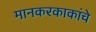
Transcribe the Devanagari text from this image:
मानकरकाकांचे